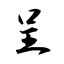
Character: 呈